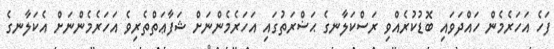
ފަހެ އަހަރެމެން ހައްދަވައި ބޮޑުކުރެއްވި ރަސްކަލާނގެ ޙަޟްރަތުގައި އަހަރެމެންނަށް ޝަފާޢަތްތެރިވެ އަހަރެމެންނަށް އެކަލާނގެ